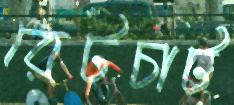
রেটচার্ট